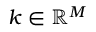
\boldsymbol { k } \in \mathbb { R } ^ { M }